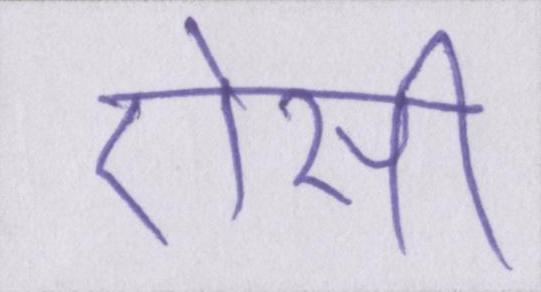
ऐसी